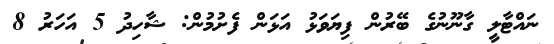
ނައްޓާލީ ގާނޫނުގެ ބޭރުން ފިޔަވަޅު އަޅަން ފެށުމުން: ޝާހިދު 5 އަހަރު 8